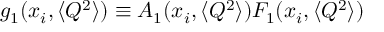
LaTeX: g _ { 1 } ( x _ { i } , \langle Q ^ { 2 } \rangle ) \equiv A _ { 1 } ( x _ { i } , \langle Q ^ { 2 } \rangle ) F _ { 1 } ( x _ { i } , \langle Q ^ { 2 } \rangle )